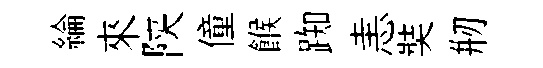
綸來陕僮餱踟恚奘剏